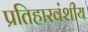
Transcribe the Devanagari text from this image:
प्रतिहारवंशीय